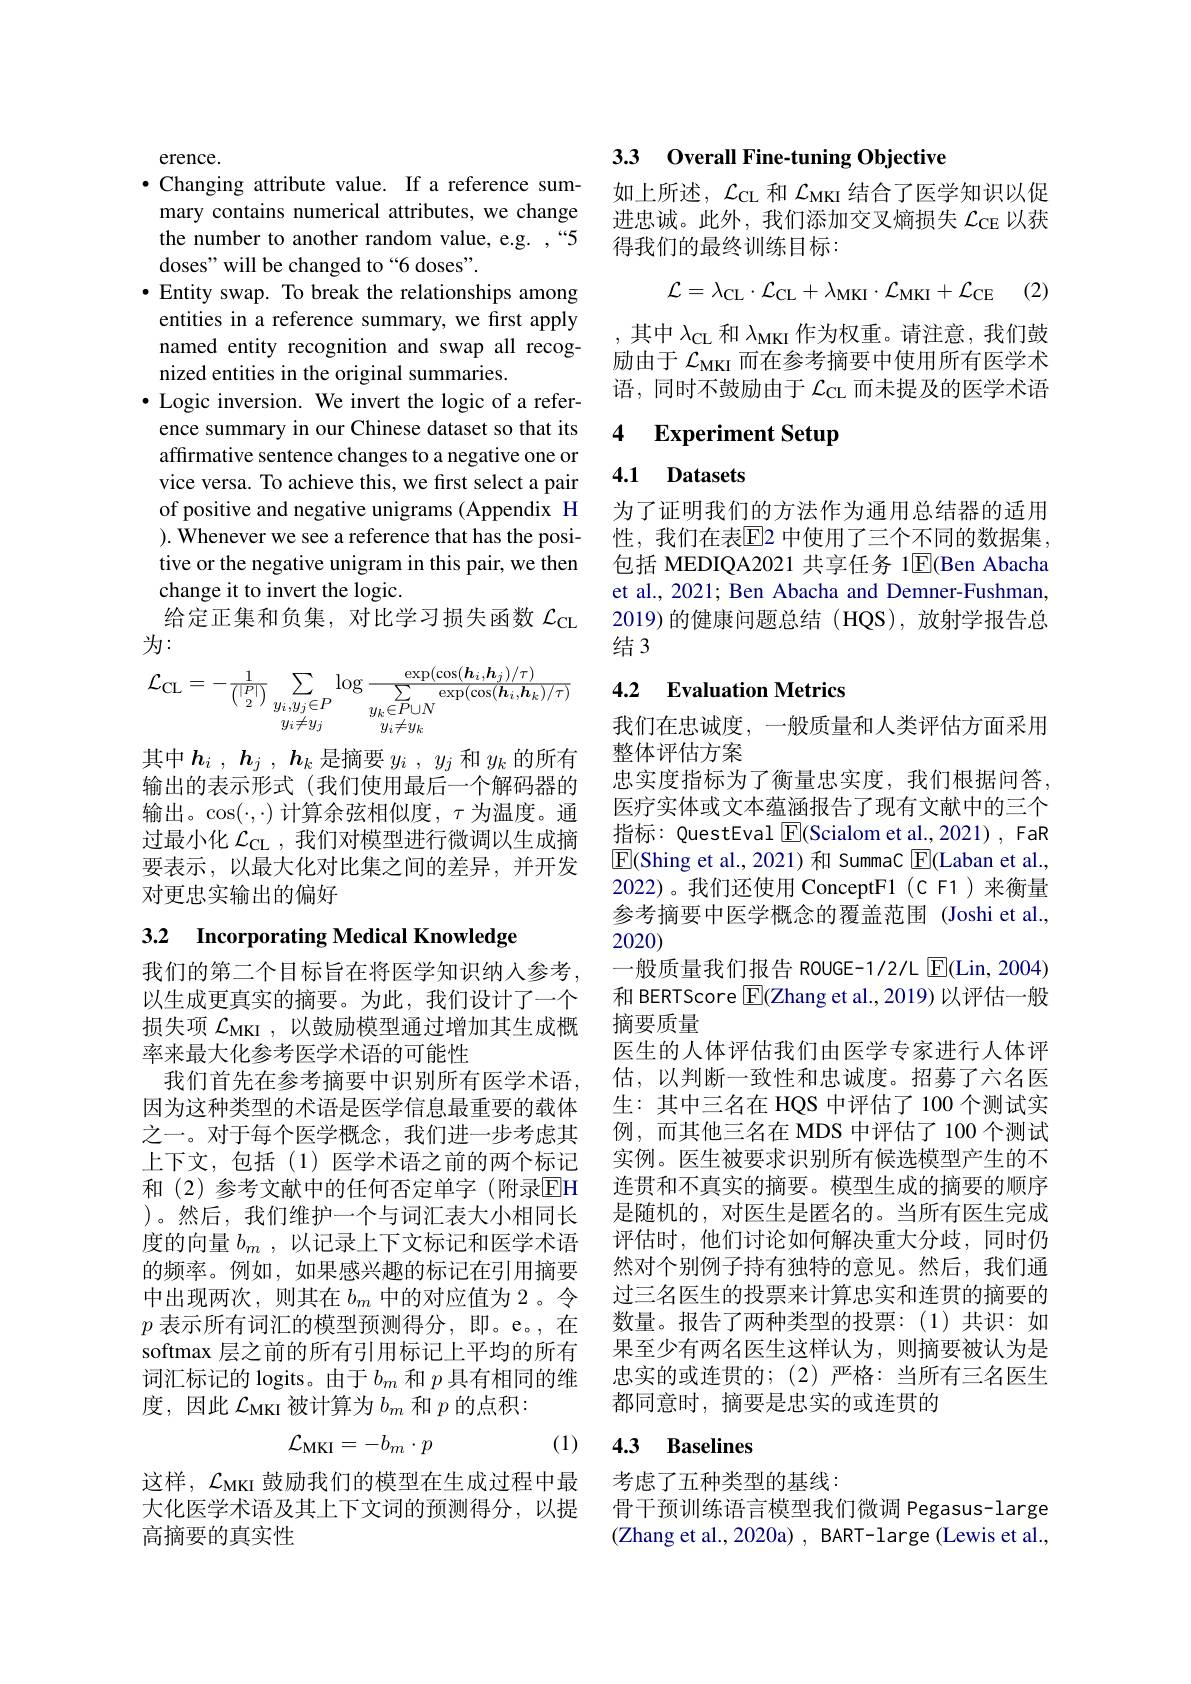
erence.
·Changing attribute value. If a reference sum-
mary contains numerical attributes, we change the number to another random value, e.g. ,“5 doses" will be changed to “6 doses”.
·Entity swap. To break the relationships among
entities in a reference summary, we first apply named entity recognition and swap all recognized entities in the original summaries.
$\bullet$ Logic inversion. We invert the logic of a reference summary in our Chinese dataset so that its affirmative sentence changes to a negative one or vice versa. To achieve this, we first select a pair of positive and negative unigrams (Appendix H ). Whenever we see a reference that has the positive or the negative unigram in this pair, we then change it to invert the logic.
给定正集和负集，对比学习损失函数$\mathcal{L}_\mathrm{CL}$
为：
$$\mathcal{L}_{\mathrm{CL}}=-\frac{1}{\left(\frac{|P|}{2}\right)}\sum_{\substack{y_{i},y_{j}\in P\\y_{i}\neq y_{j}}}\log\frac{\exp(\cos(\boldsymbol{h}_{i},\boldsymbol{h}_{j})/\tau)}{\sum_{\substack{y_{k}\in P\cup N\\y_{i}\neq y_{k}}}\exp(\cos(\boldsymbol{h}_{i},\boldsymbol{h}_{k})/\tau)}$$
其中$h_i$ ,$h_j$ ,$h_k$是摘要$y_i,y_j$和$y_k$的所有输出的表示形式(我们使用最后一个解码器的输出。$\cos(\cdot,\cdot)$计算余弦相似度$,\tau$为温度。通过最小化$\mathcal{L}_\mathrm{CL}$ , 我们对模型进行微调以生成摘要表示，以最大化对比集之间的差异，并开发对更忠实输出的偏好

# 3.2 Incorporating Medical Knowledge

我们的第二个目标旨在将医学知识纳人参考， 以生成更真实的摘要。为此，我们设计了一个损失项$\mathcal{L}_\mathrm{MKI}$,以鼓励模型通过增加其生成概率来最大化参考医学术语的可能性
我们首先在参考摘要中识别所有医学术语， 因为这种类型的术语是医学信息最重要的载体之一。对于每个医学概念，我们进一步考虑其上下文，包括(1)医学术语之前的两个标记和 (2)参考文献中的任何否定单字 (附录$\overline{\mathrm{EH}}$ )。然后，我们维护一个与词汇表大小相同长度的向量$b_m$ ,以记录上下文标记和医学术语的频率。例如，如果感兴趣的标记在引用摘要中出现两次，则其在$b_m$中的对应值为 2。令$p$表示所有词汇的模型预测得分，即。e。,在softmax 层之前的所有引用标记上平均的所有词汇标记的 logits。由于$b_m$和$p$具有相同的维度，因此$\mathcal{L}_\mathrm{MKI}$被计算为$b_m$和$p$的点积：
$$\mathcal{L}_{\mathrm{MKI}}=-b_{m}\cdot p$$
(1)

这样，$\mathcal{L}_\mathrm{MKI}$鼓励我们的模型在生成过程中最大化医学术语及其上下文词的预测得分，以提高摘要的真实性

33 Overall Fine-tuning Objective

如上所述，$\mathcal{L}_\mathrm{CL}$和$\mathcal{L}_\mathrm{MKI}$结合了医学知识以促进忠诚。此外，我们添加交叉熵损失$\mathcal{L}_\mathrm{CE}$以获得我们的最终训练目标：
$$\mathcal{L}=\lambda_\mathrm{CL}\cdot\mathcal{L}_\mathrm{CL}+\lambda_\mathrm{MKI}\cdot\mathcal{L}_\mathrm{MKI}+\mathcal{L}_\mathrm{CE}$$
,其中$\lambda_\mathrm{CL}$和$\lambda_\mathrm{MKI}$作为权重。请注意，我们鼓励由于$\mathcal{L}_\mathrm{MKI}$而在参考摘要中使用所有医学术语，同时不鼓励由于$\mathcal{L}_\mathrm{CL}$而未提及的医学术语

## 4 Experiment Setup

4.1 Datasets

为了证明我们的方法作为通用总结器的适用性，我们在表$\overline{\mathrm{E}}$2 中使用了三个不同的数据集， 包括 MEDIQA2021 共享任务 1$\overline{\mathrm{E}}$(Ben Abacha et al., 2021; Ben Abacha and Demner-Fushman, 2019)的健康问题总结(HQS),放射学报告总结3

## 4.2 Evaluation Metrics

我们在忠诚度，一般质量和人类评估方面采用
整体评估方案
忠实度指标为了衡量忠实度，我们根据问答， 医疗实体或文本蕴涵报告了现有文献中的三个指标：QuestEval $\boxed{\mathrm{F}}($Scialom et al.,2021), FaR $\boxed{\mathrm{E}}($Shing et al., 2021) 和 SummaC $\boxed{\mathrm{F}}($Laban et al., 2022)。我们还使用 ConceptF1(C F1)来衡量参考摘要中医学概念的覆盖范围 (Joshi et al., 2020)
一般质量我们报告 ROUGE-1/2/L $\underline{\mathrm{E}}($Lin, 2004) 和 BERTScore $\boxed{\mathrm{F}}($Zhang et al.,2019) 以评估一般摘要质量
医生的人体评估我们由医学专家进行人体评估，以判断一致性和忠诚度。招募了六名医生：其中三名在 HQS 中评估了 100 个测试实例，而其他三名在 MDS 中评估了 100 个测试实例。医生被要求识别所有候选模型产生的不连贯和不真实的摘要。模型生成的摘要的顺序是随机的，对医生是匿名的。当所有医生完成评估时，他们讨论如何解决重大分歧，同时仍然对个别例子持有独特的意见。然后，我们通过三名医生的投票来计算忠实和连贯的摘要的数量。报告了两种类型的投票：(1)共识：如果至少有两名医生这样认为，则摘要被认为是忠实的或连贯的；(2)严格：当所有三名医生都同意时，摘要是忠实的或连贯的

## 4.3 Baselines

考虑了五种类型的基线：
骨干预训练语言模型我们微调 Pegasus-large (Zhang et al., 2020a) , BART-large (Lewis et al.,